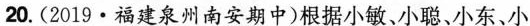
20.（2019·福建泉州南安期中）根据小敏、小聪、小东、小